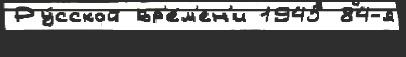
Ру́сской вр'е́м'ен'и 1945 84-я